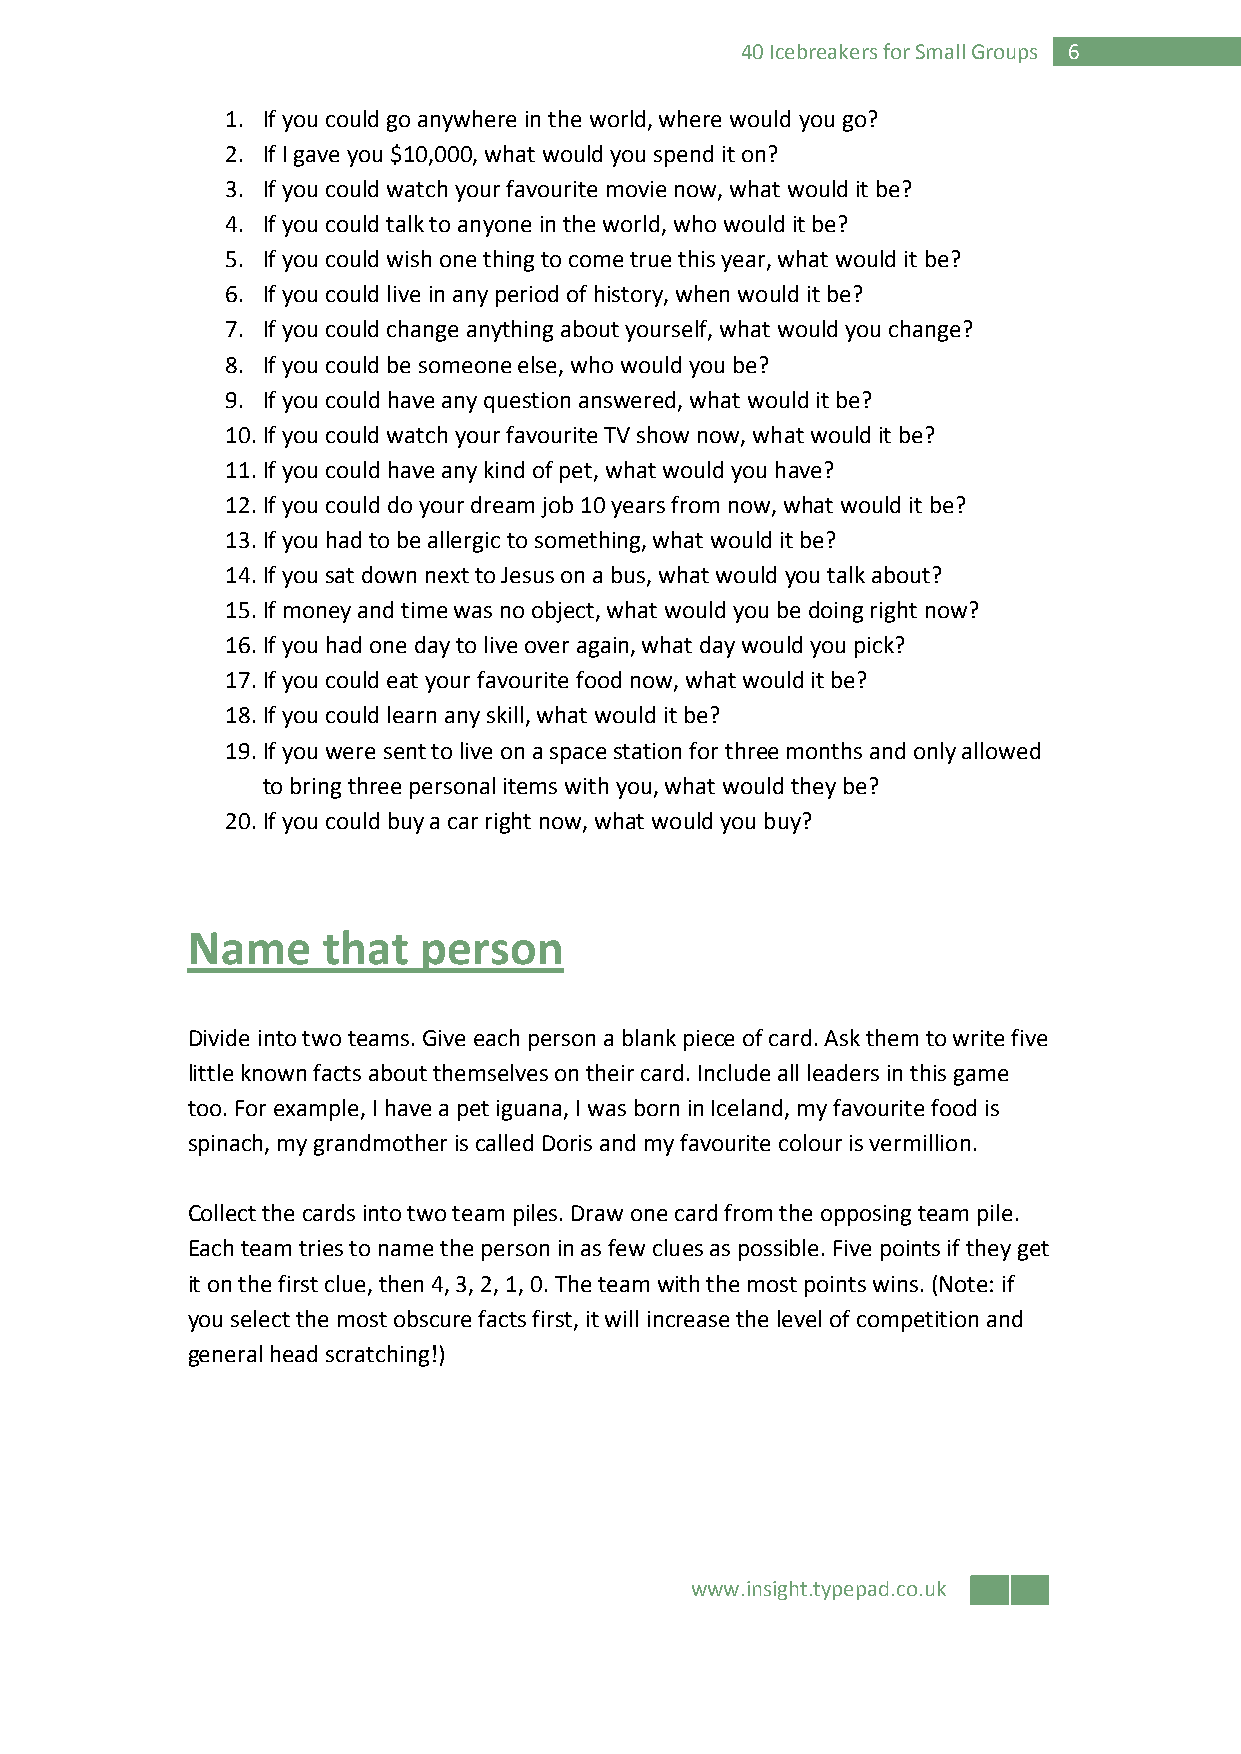
40 Icebreakers for Small Groups 6
 1. If you could go anywhere in the world, where would you go?
 2. If I gave you $10,000, what would you spend it on?
 3. If you could watch your favourite movie now, what would it be?
 4. If you could talk to anyone in the world, who would it be?
 5. If you could wish one thing to come true this year, what would it be?
 6. If you could live in any period of history, when would it be?
 7. If you could change anything about yourself, what would you change?
 8. If you could be someone else, who would you be?
 9. If you could have any question answered, what would it be?
 10. If you could watch your favourite TV show now, what would it be?
 11. If you could have any kind of pet, what would you have?
 12. If you could do your dream job 10 years from now, what would it be?
 13. If you had to be allergic to something, what would it be?
 14. If you sat down next to Jesus on a bus, what would you talk about?
 15. If money and time was no object, what would you be doing right now?
 16. If you had one day to live over again, what day would you pick?
 17. If you could eat your favourite food now, what would it be?
 18. If you could learn any skill, what would it be?
 19. If you were sent to live on a space station for three months and only allowed
 to bring three personal items with you, what would they be?
 20. If you could buy a car right now, what would you buy?
 Name     that   person
 Divide into two teams. Give each person a blank piece of card. Ask them to write five
 little known facts about themselves on their card. Include all leaders in this game
 too. For example, I have a pet iguana, I was born in Iceland, my favourite food is
 spinach, my grandmother is called Doris and my favourite colour is vermillion.
 Collect the cards into two team piles. Draw one card from the opposing team pile.
 Each team tries to name the person in as few clues as possible. Five points if they get
 it on the first clue, then 4, 3, 2, 1, 0. The team with the most points wins. (Note: if
 you select the most obscure facts first, it will increase the level of competition and
 general head scratching!)
 www.insight.typepad.co.uk